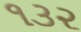
૧૩૨